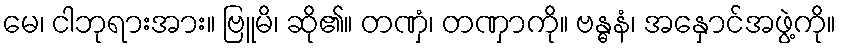
မေ၊ ငါဘုရားအား။ ဗြူမိ၊ ဆို၏။ တဏှံ၊ တဏှာကို။ ဗန္ဓနံ၊ အနှောင်အဖွဲ့ကို။